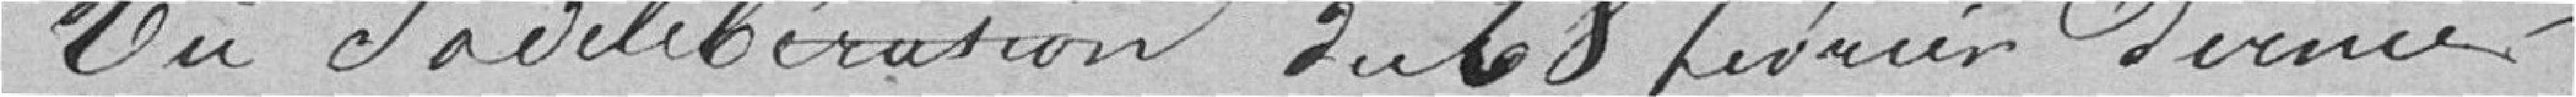
Vu la délibération du 28 février dernier